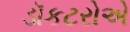
ડૉકટરોએ